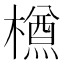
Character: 𣜃